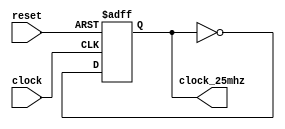
`timescale 1ns / 1ps
//////////////////////////////////////////////////////////////////////////////////
// Company: 
// Engineer: 
// 
// Design Name: 
// Module Name:    Clock_25MHz 
// Project Name: 
// Target Devices: 
// Tool versions: 
// Description: 
//
// Dependencies: 
//
// Revision: 
// Revision 0.01 - File Created
// Additional Comments: 
//
//////////////////////////////////////////////////////////////////////////////////
module Clock_25MHz(
     clock,
     clock_25mhz,
	  reset
);
//Input Ports
input clock;
input reset;

//Output Ports
output clock_25mhz;

//Input Data Type
wire clock;
wire reset;

//Output Data Type
reg clock_25mhz = 0;

//Others
wire temporal;

//----------------------CODE -----------------
always @(posedge clock,posedge reset)

	if(reset) begin
		clock_25mhz <= 0;
	end else begin
		clock_25mhz <= temporal;
	end
	
assign temporal = ~clock_25mhz;

endmodule